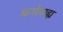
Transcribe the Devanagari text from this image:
कर्मबाह्य